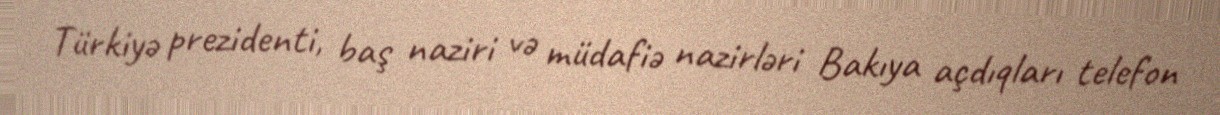
Türkiyə prezidenti, baş naziri və müdafiə nazirləri Bakıya açdıqları telefon